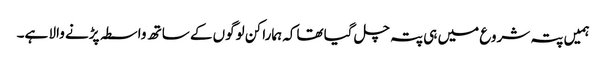
ہمیں پتہ شروع میں ہی پتہ چل گیا تھاکہ ہمارا کن لوگوں کے ساتھ واسطہ پڑنے والا ہے۔